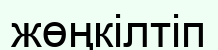
жөңкілтіп